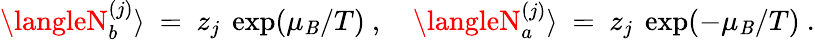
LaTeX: \langleN_{b}^{(j)}\rangle~=~z_{j}~\exp(\mu_{\mathit{B}}/T)~,~~~~\langleN_{a}^{(j)}\rangle~=~z_{j}~\exp(-\mu_{\mathit{B}}/T)~.